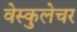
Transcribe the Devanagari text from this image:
वेस्कुलेचर